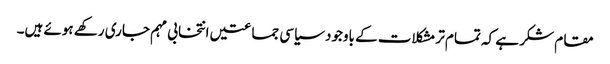
مقام شکر ہے کہ تمام تر مشکلات کے باوجود سیاسی جماعتیں انتخابی مہم جاری رکھے ہوئے ہیں۔